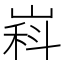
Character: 嵙